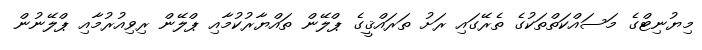
މިޔުނިޓްގެ މަސައްކަތްތަކުގެ ތެރޭގައި ރަށު ތަރައްޤީގެ ޕްލޭން ތައްޔާރުކުމާއި ޕްލޭން ރިވިއުރުމާއި ޕްލޭނުން